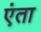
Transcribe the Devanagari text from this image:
एंता